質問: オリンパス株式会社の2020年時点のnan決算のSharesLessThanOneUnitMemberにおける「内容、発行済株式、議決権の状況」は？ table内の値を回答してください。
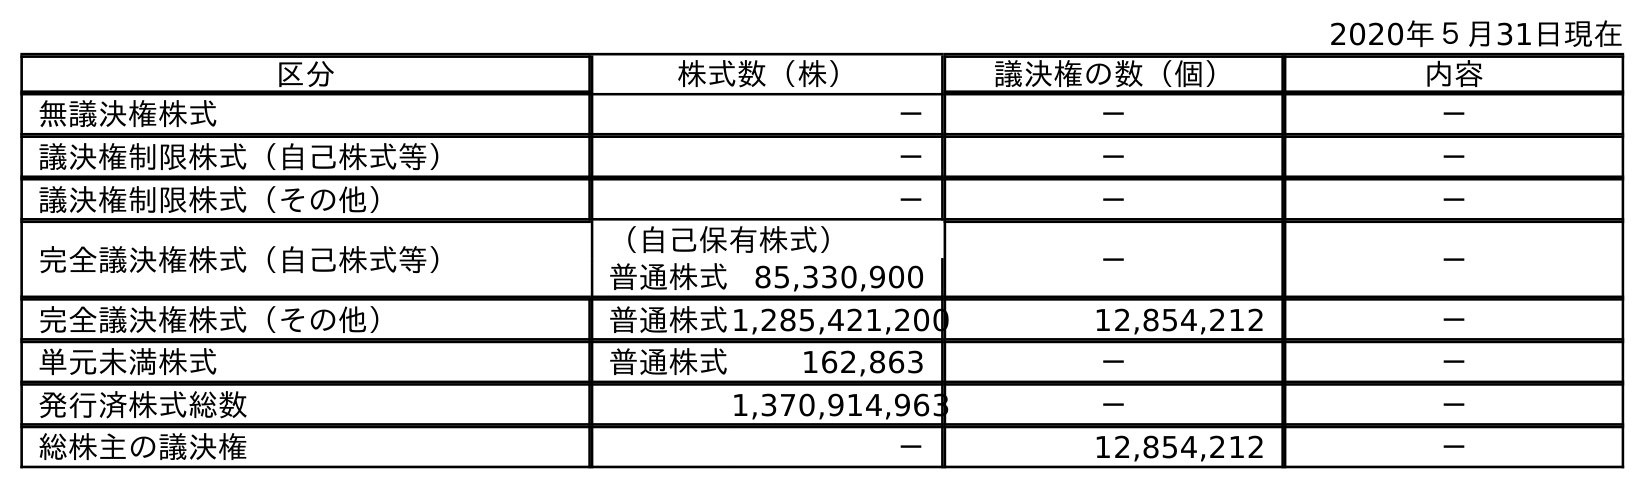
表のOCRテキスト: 2020年５月31日現在 区分 株式数（株） 議決権の数（個） 内容 無議決権株式 － － － 議決権制限株式（自己株式等） － － － 議決権制限株式（その他） － － － 完全議決権株式（自己株式等） （自己保有株式） － － 普通株式 85,330,900 完全議決権株式（その他） 普通株式1,285,421,200 12,854,212 － 単元未満株式 普通株式 162,863 － － 発行済株式総数 1,370,914,963 － － 総株主の議決権 － 12,854,212 －
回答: －